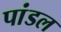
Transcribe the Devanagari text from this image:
पांडल